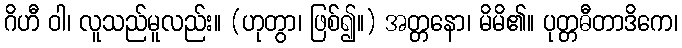
ဂိဟီ ဝါ၊ လူသည်မူလည်း။ (ဟုတွာ၊ ဖြစ်၍။) အတ္တနော၊ မိမိ၏။ ပုတ္တဓီတာဒိကေ၊